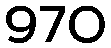
970